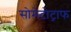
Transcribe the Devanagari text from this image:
सोमेटोट्राफ